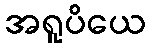
အရူပိယေ